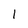
Character: 1